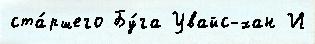
ста́ршего Бу́га Увайс-хан И